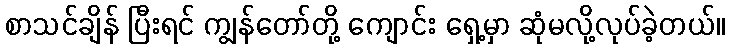
စာသင်ချိန် ပြီးရင် ကျွန်တော်တို့ ကျောင်း ရှေ့မှာ ဆုံမလို့လုပ်ခဲ့တယ်။